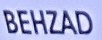
BEHZAD